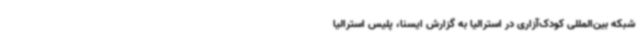
شبکه بین‌المللی کودک‌آزاری در استرالیا به گزارش ایسنا، پلیس استرالیا